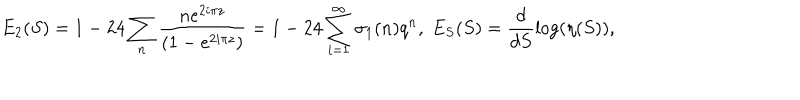
LaTeX: E _ { 2 } ( S ) = 1 - 2 4 \sum _ { n } \frac { n e ^ { 2 i \pi z } } { ( 1 - e ^ { 2 i \pi z } ) } = 1 - 2 4 \sum _ { i = 1 } ^ { \infty } \sigma _ { 1 } ( n ) q ^ { n } , \; E _ { S } ( S ) = \frac { d } { d S } \log ( \eta ( S ) ) ,